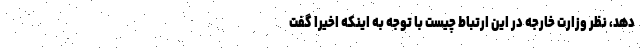
دهد، نظر وزارت خارجه در این ارتباط چیست با توجه به اینکه اخیرا گفت